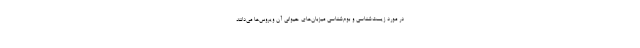
در مورد زیست‌شناسی و بوم‌شناسی میزبان‌های حیوانی آن ویروس‌ها می‌دانند